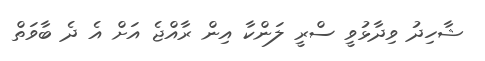
ޝާހިދު ވިދާޅުވީ ސްރީ ލަންކާ އިން ރާއްޖެ އަށް އެ ދެ ބާވަތް